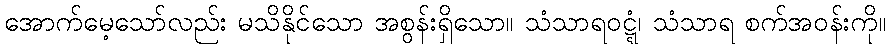
အောက်မေ့သော်လည်း မသိနိုင်သော အစွန်းရှိသော။ သံသာရဝဋ္ဋံ၊ သံသာရ စက်အဝန်းကို။